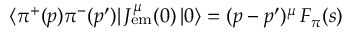
\langle \pi ^ { + } ( p ) \pi ^ { - } ( p ^ { \prime } ) | \, J _ { \mathrm { e m } } ^ { \mu } ( 0 ) \, | 0 \rangle = ( p - p ^ { \prime } ) ^ { \mu } \, F _ { \pi } ( s )